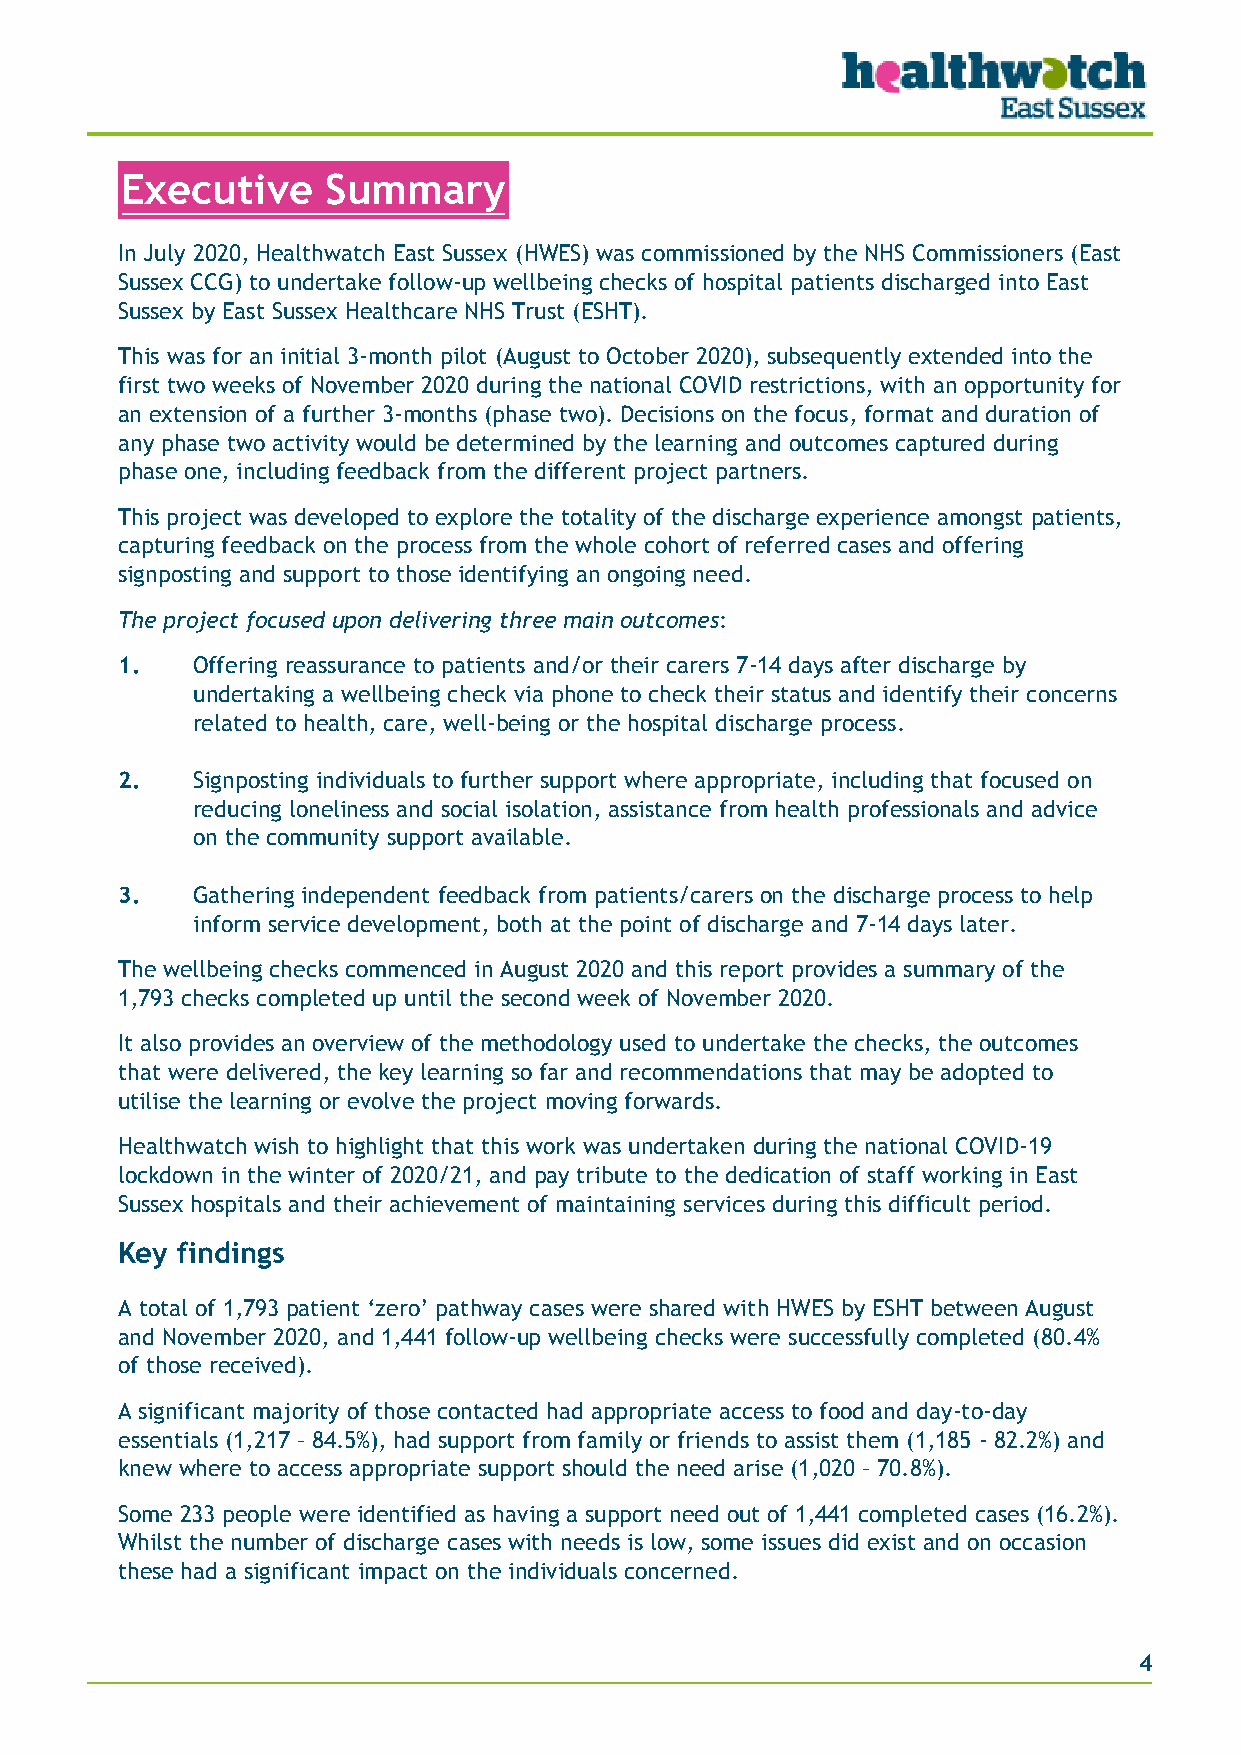
Executive     Summary
 In July 2020, Healthwatch East Sussex (HWES) was commissioned by the NHS Commissioners (East
 Sussex CCG) to undertake follow-up wellbeing checks of hospital patients discharged into East
 Sussex by East Sussex Healthcare NHS Trust (ESHT).
 This was for an initial 3-month pilot (August to October 2020), subsequently extended into the
 first two weeks of November 2020 during the national COVID restrictions, with an opportunity for
 an extension of a further 3-months (phase two). Decisions on the focus, format and duration of
 any phase two activity would be determined by the learning and outcomes captured during
 phase one, including feedback from the different project partners.
 This project was developed to explore the totality of the discharge experience amongst patients,
 capturing feedback on the process from the whole cohort of referred cases and offering
 signposting and support to those identifying an ongoing need.
 The project focused upon delivering three main outcomes:
 1.   Offering reassurance to patients and/or their carers 7-14 days after discharge by
 undertaking a wellbeing check via phone to check their status and identify their concerns
 related to health, care, well-being or the hospital discharge process.
 2.   Signposting individuals to further support where appropriate, including that focused on
 reducing loneliness and social isolation, assistance from health professionals and advice
 on the community support available.
 3.   Gathering independent feedback from patients/carers on the discharge process to help
 inform service development, both at the point of discharge and 7-14 days later.
 The wellbeing checks commenced in August 2020 and this report provides a summary of the
 1,793 checks completed up until the second week of November 2020.
 It also provides an overview of the methodology used to undertake the checks, the outcomes
 that were delivered, the key learning so far and recommendations that may be adopted to
 utilise the learning or evolve the project moving forwards.
 Healthwatch wish to highlight that this work was undertaken during the national COVID-19
 lockdown in the winter of 2020/21, and pay tribute to the dedication of staff working in East
 Sussex hospitals and their achievement of maintaining services during this difficult period.
 Key findings
 A total of 1,793 patient ‘zero’ pathway cases were shared with HWES by ESHT between August
 and November 2020, and 1,441 follow-up wellbeing checks were successfully completed (80.4%
 of those received).
 A significant majority of those contacted had appropriate access to food and day-to-day
 essentials (1,217 – 84.5%), had support from family or friends to assist them (1,185 - 82.2%) and
 knew where to access appropriate support should the need arise (1,020 – 70.8%).
 Some 233 people were identified as having a support need out of 1,441 completed cases (16.2%).
 Whilst the number of discharge cases with needs is low, some issues did exist and on occasion
 these had a significant impact on the individuals concerned.
 4